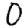
Digit: 0